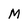
Character: M